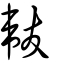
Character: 韍